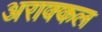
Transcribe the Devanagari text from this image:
अराक्कल